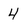
Character: 4